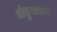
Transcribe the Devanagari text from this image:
अंकुशराव